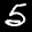
Label: 5